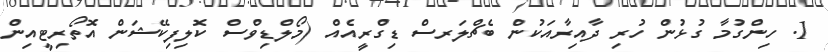
1. ހިންގުމާ ގުޅުން ހުރި ދާއިރާއަކުން ބެޗްލަރސް ޑިގްރީއެއް (މޯލްޑިވްސް ކޮލިފިކޭޝަން އޮތޯރިޓީއިން